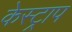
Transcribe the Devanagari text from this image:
केस्ट्राप